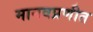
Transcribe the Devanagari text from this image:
मानवप्रणीत